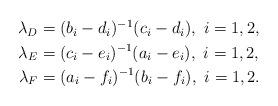
LaTeX: \begin{align*}\begin{aligned}\lambda_D&=(b_i-d_i)^{-1}(c_i-d_i), \ i=1,2,\\\lambda_E&=(c_i-e_i)^{-1}(a_i-e_i), \ i=1,2,\\\lambda_F&=(a_i-f_i)^{-1}(b_i-f_i), \ i=1,2.\end{aligned}\end{align*}